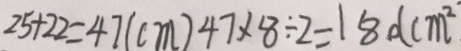
2 5 + 2 2 = 4 7 ( c m ) 4 7 \times 8 \div 2 = 1 8 0 c m ^ { 2 }